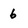
Character: 6